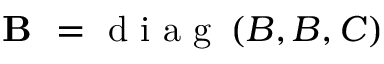
\textbf { B } = \mathrm { ~ d ~ i ~ a ~ g ~ } \left( B , B , C \right)